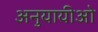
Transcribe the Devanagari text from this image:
अनुयायीओ